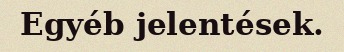
Egyéb jelentések.